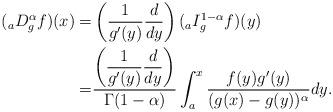
LaTeX: \begin{align*} ({}_aD_g^{\alpha} f) (x) = &\left(\frac{1}{g'(y) } \frac{d}{dy} \right) ( {}_{a}I_g^{1-\alpha} f )(y) \\= &\frac{\left(\displaystyle\frac{1}{g'(y)} \displaystyle\frac{d}{dy} \right)}{\Gamma (1-\alpha) } \int_a^x \frac{ f(y) g'(y) }{(g(x)- g(y))^{\alpha}}dy.\end{align*}